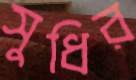
সুধির